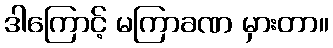
ဒါကြောင့် မကြာခဏ မှားတာ။